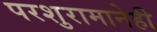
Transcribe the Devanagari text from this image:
परशुरामानेही